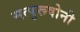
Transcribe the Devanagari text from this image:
सत्पुरूषोनी